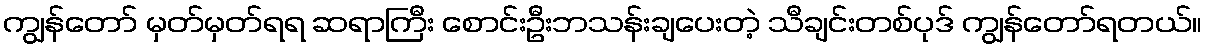
ကျွန်တော် မှတ်မှတ်ရရ ဆရာကြီး စောင်းဦးဘသန်းချပေးတဲ့ သီချင်းတစ်ပုဒ် ကျွန်တော်ရတယ်။